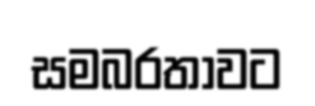
සමබරතාවට